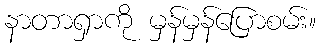
နာတာရှာကို မှန်မှန်ပြောစမ်း။